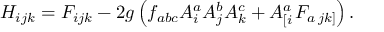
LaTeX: H _ { i j k } = F _ { i j k } - 2 g \left( f _ { a b c } A _ { i } ^ { a } A _ { j } ^ { b } A _ { k } ^ { c } + A _ { \left[ i \right. } ^ { a } F _ { a \left. j k \right] } \right) .